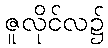
ဇူလိုင်လ၌